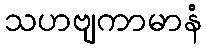
သဟဗျကာမာနံ